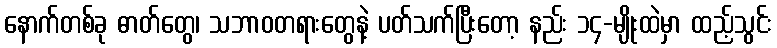
နောက်တစ်ခု ဓာတ်တွေ၊ သဘာဝတရားတွေနဲ့ ပတ်သက်ပြီးတော့ နည်း ၁၄-မျိုးထဲမှာ ထည့်သွင်း